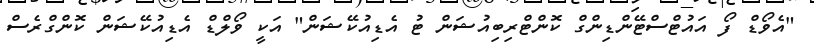
"އެވޯޑް ފޯ އައުޓްސްޓޭންޑިންގް ކޮންޓްރިބިއުޝަން ޓު އެޑިއުކޭޝަން" އަކީ ވޯލްޑް އެޑިއުކޭޝަން ކޮންގްރެސް